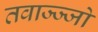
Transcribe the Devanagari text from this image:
तवाज्ज्जो